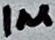
Text: 1µ